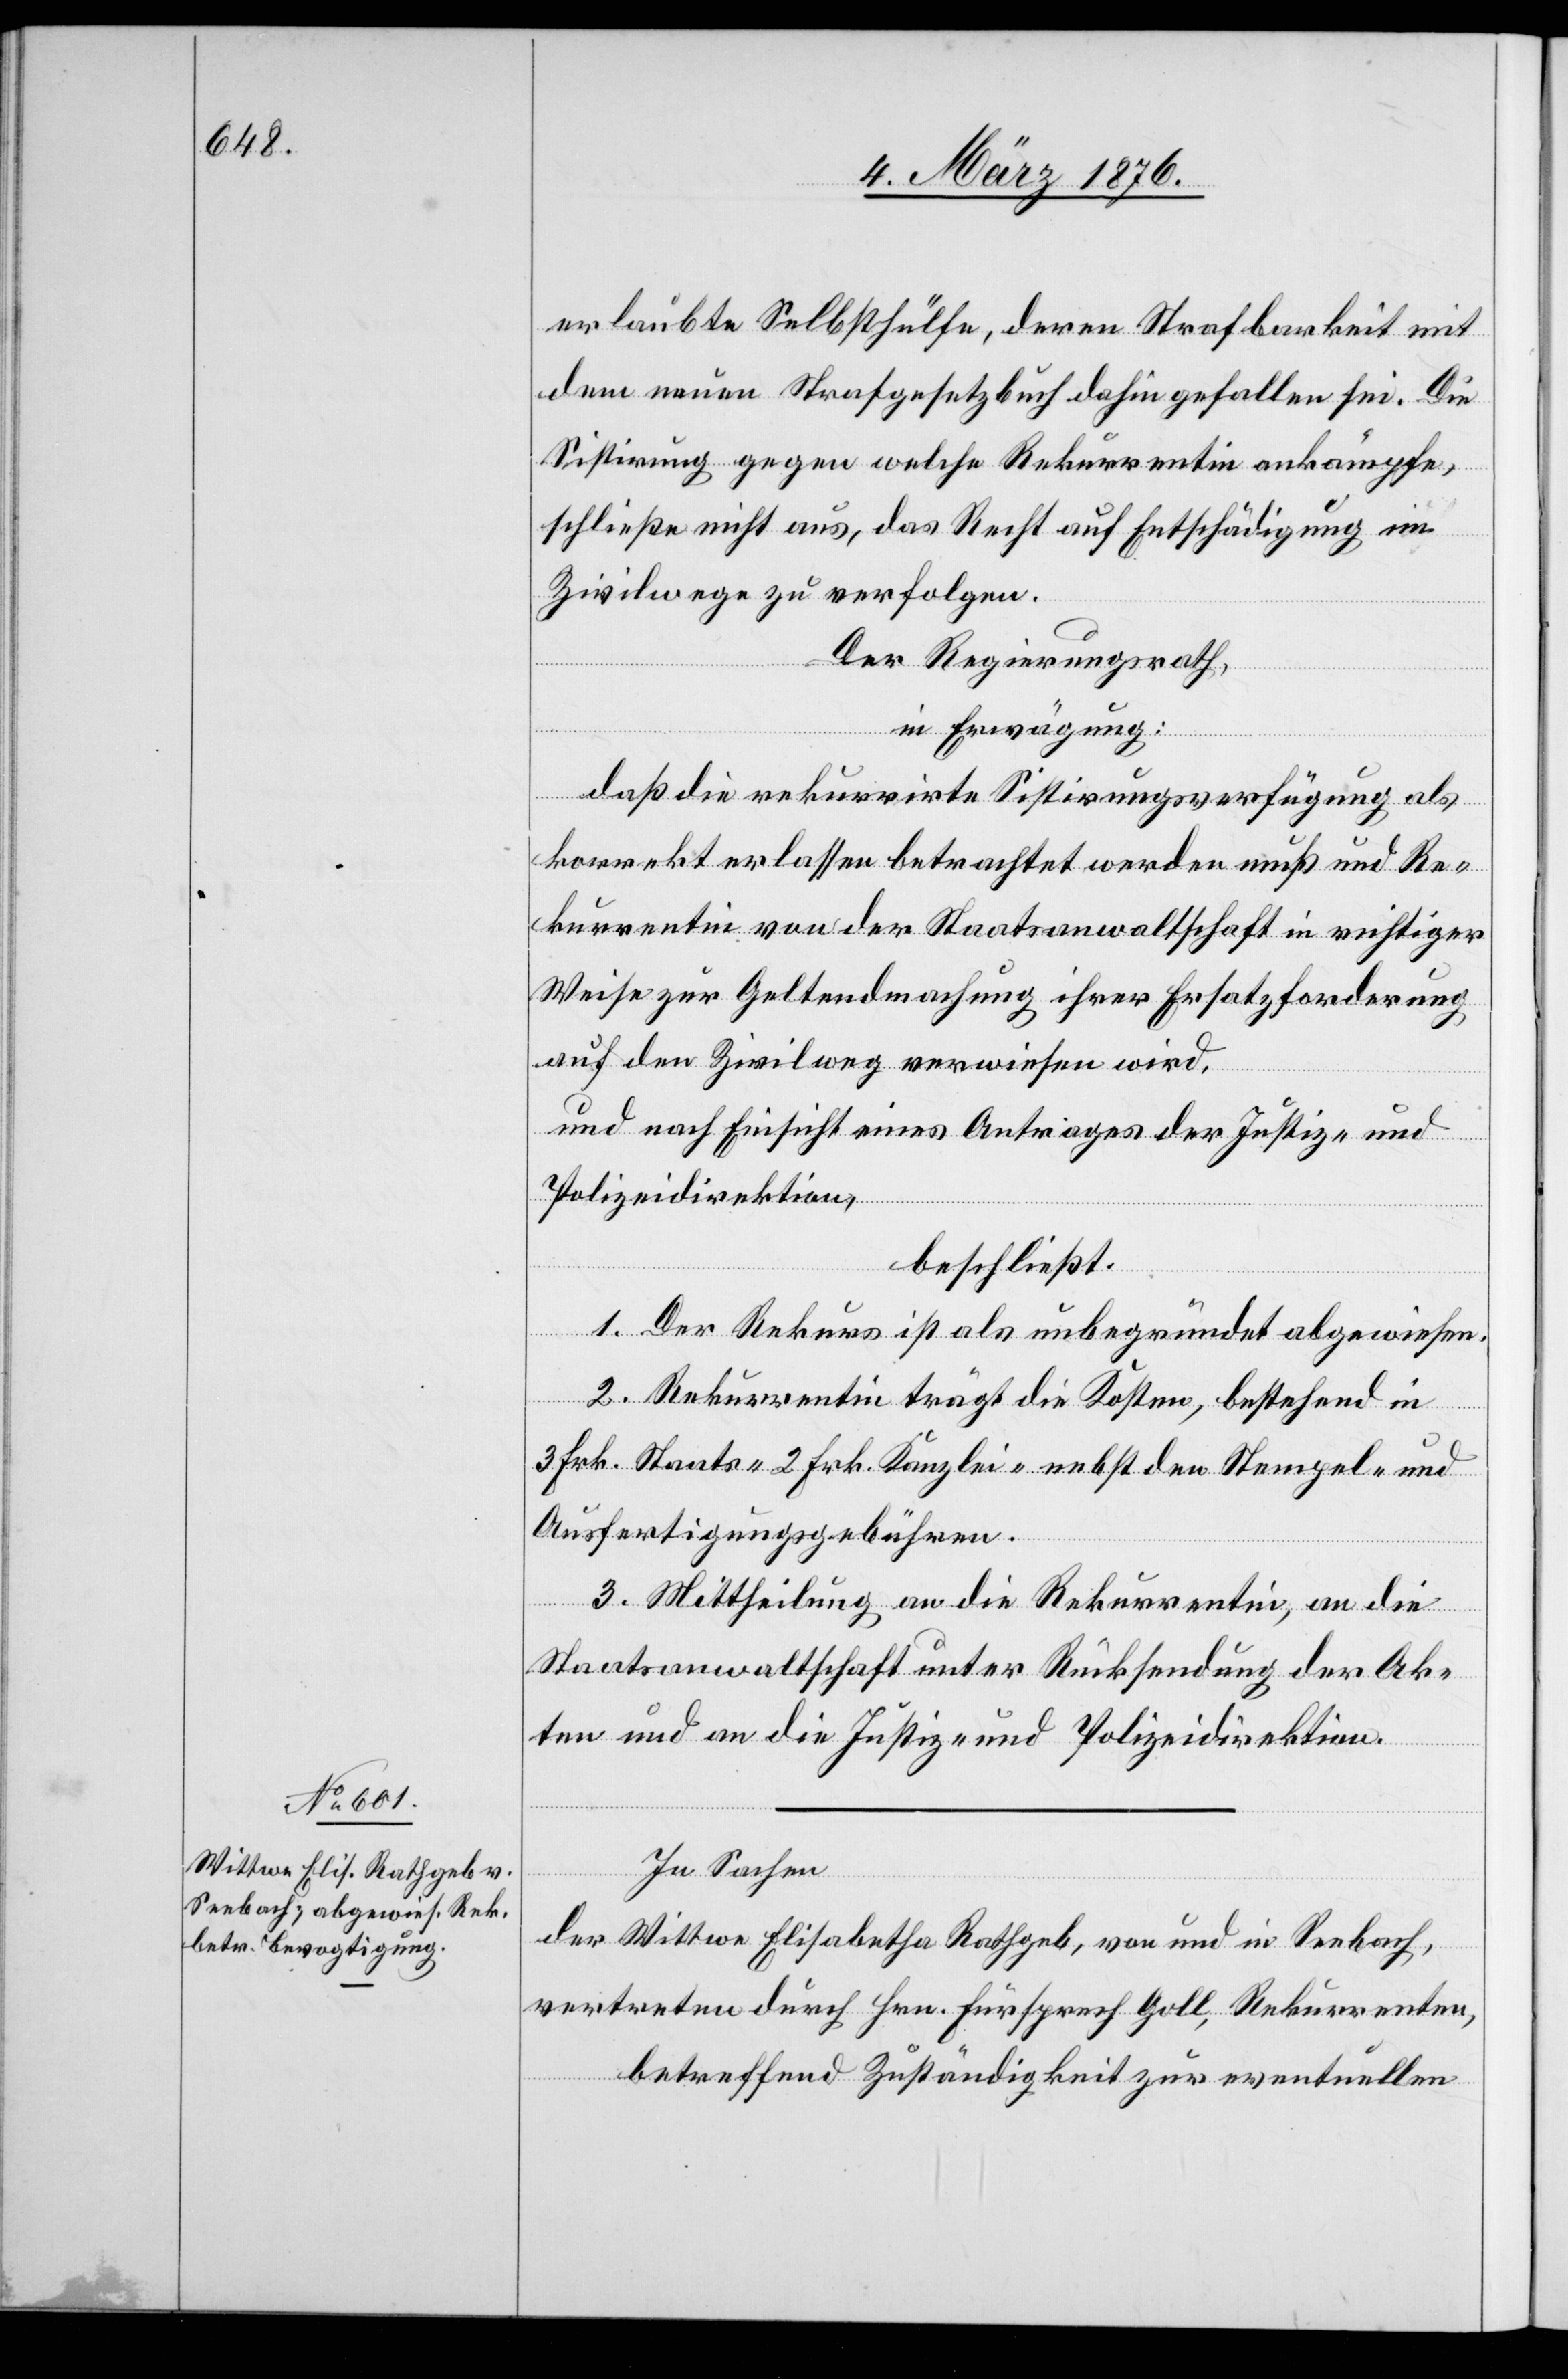
In Sachen
der Wittwe Elisabetha Rathgeb, von und in Seebach,
vertreten durch Hrn. Fürsprech Goll, Rekurrenten,
betreffend Zuständigkeit zur eventuellen